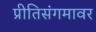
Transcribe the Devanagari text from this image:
प्रीतिसंगमावर